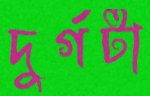
দুর্গটা